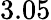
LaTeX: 3.05